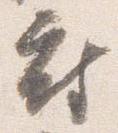
府